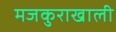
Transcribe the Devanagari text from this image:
मजकुराखाली